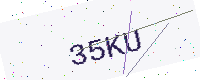
Text: 35KU